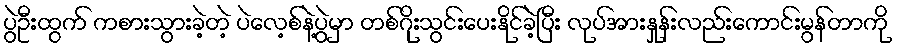
ပွဲဦးထွက် ကစားသွားခဲ့တဲ့ ပဲလေ့စ်နဲ့ပွဲမှာ တစ်ဂိုးသွင်းပေးနိုင်ခဲ့ပြီး လုပ်အားနှုန်းလည်းကောင်းမွန်တာကို